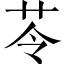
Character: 苓